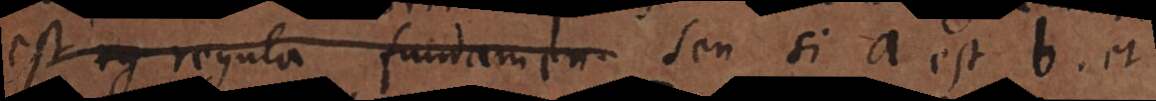
est regula fundamen seu si a est b, et